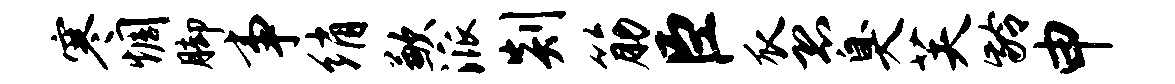
寒惆脚事绡歉派剡筋臣瓜恐臭芙龄申